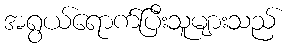
အရွယ်ရောက်ပြီးသူများသည်